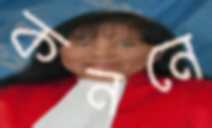
কননে